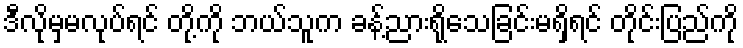
ဒီလိုမှမလုပ်ရင် တို့ကို ဘယ်သူက ခန့်ညားရိုသေခြင်းမရှိရင် တိုင်းပြည်ကို